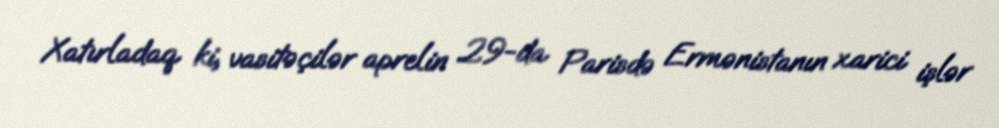
Xatırladaq ki, vasitəçilər aprelin 29-da Parisdə Ermənistanın xarici işlər